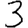
Digit: 3